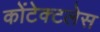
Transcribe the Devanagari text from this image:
कोंटेक्टलेस